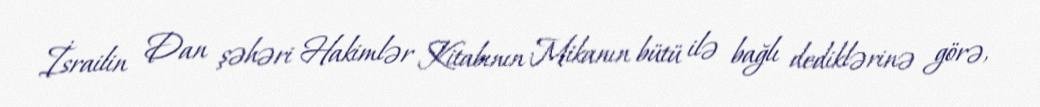
İsrailin Dan şəhəri Hakimlər Kitabının Mikanın bütü ilə bağlı dediklərinə görə,